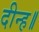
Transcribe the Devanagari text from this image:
दीन्ह॥